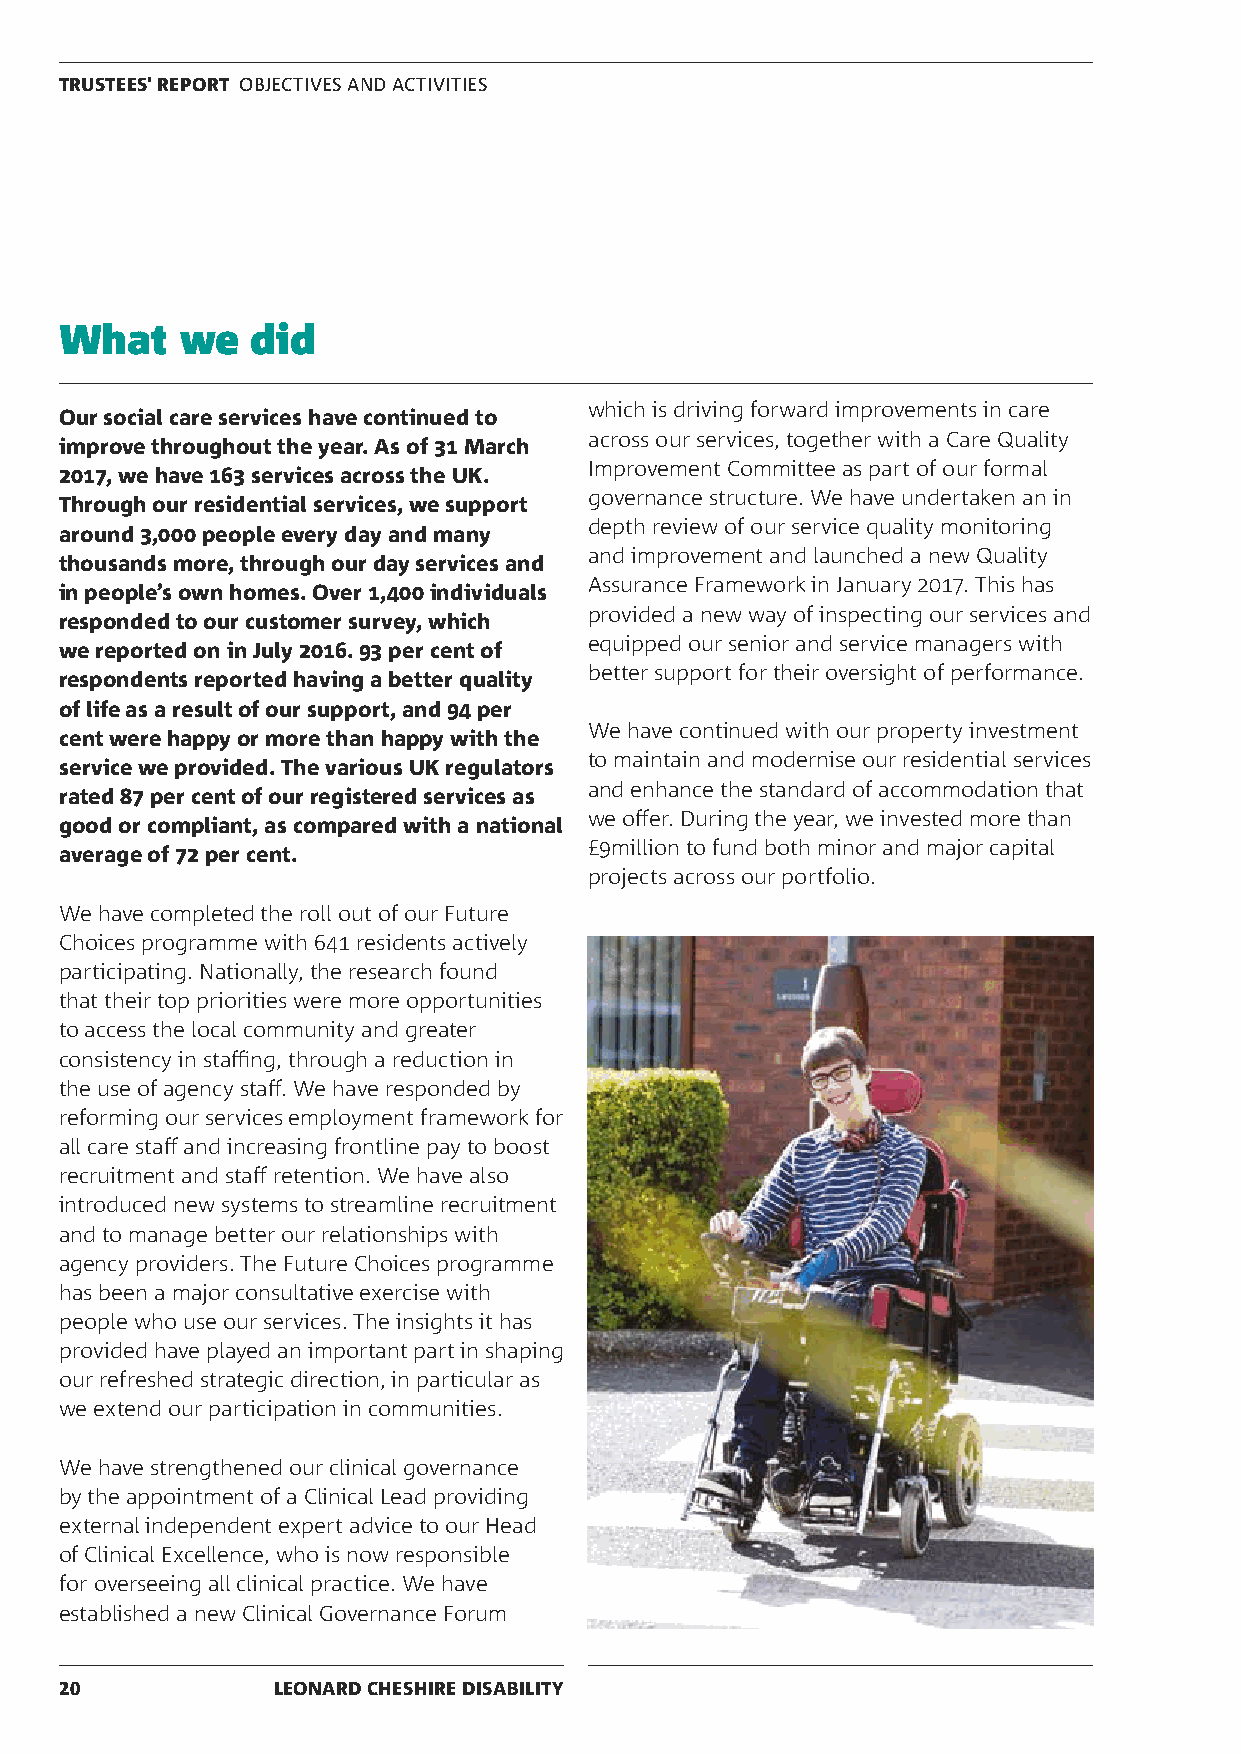
TRUSTEES' REPORT OBJECTIVES AND ACTIVITIES
 What    we   did
 which is driving forward improvements in care
 Our social care services have continued to
 across our services, together with a Care Quality
 improve throughout the year. As of 31 March
 Improvement Committee as part of our formal
 2017, we have 163 services across the UK.
 governance structure. We have undertaken an in
 Through our residential services, we support
 depth review of our service quality monitoring
 around 3,000 people every day and many
 and improvement and launched a new Quality
 thousands more, through our day services and
 Assurance Framework in January 2017. This has
 in people’s own homes. Over 1,400 individuals
 provided a new way of inspecting our services and
 responded to our customer survey, which
 equipped our senior and service managers with
 we reported on in July 2016. 93 per cent of
 better support for their oversight of performance.
 respondents reported having a better quality
 of life as a result of our support, and 94 per
 We have continued with our property investment
 cent were happy or more than happy with the
 to maintain and modernise our residential services
 service we provided. The various UK regulators
 and enhance the standard of accommodation that
 rated 87 per cent of our registered services as
 we offer. During the year, we invested more than
 good or compliant, as compared with a national
 £9million to fund both minor and major capital
 average of 72 per cent.
 projects across our portfolio.
 We have completed the roll out of our Future
 Choices programme with 641 residents actively
 participating. Nationally, the research found
 that their top priorities were more opportunities
 to access the local community and greater
 consistency in staffing, through a reduction in
 the use of agency staff. We have responded by
 reforming our services employment framework for
 all care staff and increasing frontline pay to boost
 recruitment and staff retention. We have also
 introduced new systems to streamline recruitment
 and to manage better our relationships with
 agency providers. The Future Choices programme
 has been a major consultative exercise with
 people who use our services. The insights it has
 provided have played an important part in shaping
 our refreshed strategic direction, in particular as
 we extend our participation in communities.
 We have strengthened our clinical governance
 by the appointment of a Clinical Lead providing
 external independent expert advice to our Head
 of Clinical Excellence, who is now responsible
 for overseeing all clinical practice. We have
 established a new Clinical Governance Forum
 20            LEONARD CHESHIRE DISABILITY